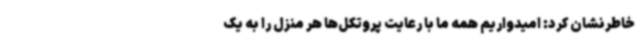
خاطرنشان کرد: امیدواریم همه ما با رعایت پروتکل‌ها هر منزل را به یک